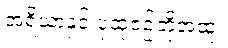
အရိယာနှင့် ပုထုဇဉ်တို့အထူး